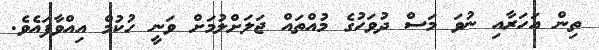
ތިން އަހަރާއި ނުވަ މަސް ދުވަހުގެ މުއްތައް ޖަލަށްލުމަށް ވަނީ ހުކުމް އިއްވާފައެވެ.